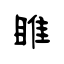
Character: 睢